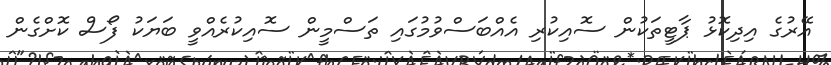
އޭރުގެ އިދިކޮޅު ޕާޓީތަކުން ސޮއިކުރި އެއްބަސްވުމުގައި ތަސްމީން ސޮއިކުރެއްވީ ބަޔަކު ފޯސް ކޮށްގެން